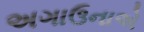
અગાઉનાએ